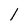
Character: l